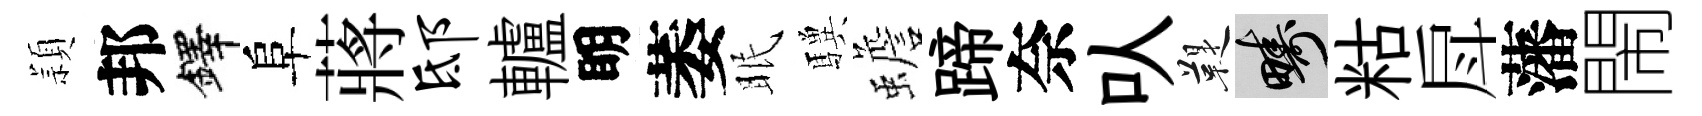
頴邦鐸阜蔣邸轤眀萎眠驥蟾蹄奈㕥鞮疇䊀戽藩閙